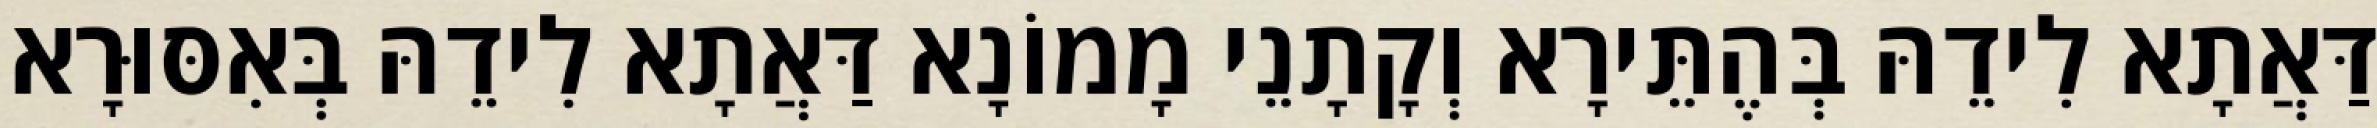
דַּאֲתָא לִידֵהּ בְּהֶתֵּירָא וְקָתָנֵי מָמוֹנָא דַּאֲתָא לִידֵהּ בְּאִסּוּרָא